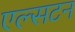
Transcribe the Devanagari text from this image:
एल्सटन